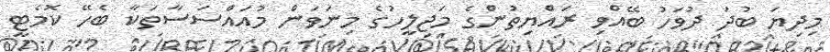
މިދިޔަ ބުދަ ދުވަހު ބޭއްވި ރައްޔިތުންގެ މަޖިލީހުގެ މިނަވަން މުއައްސަސާތަކާ ބެހޭ ކޮމެޓީ